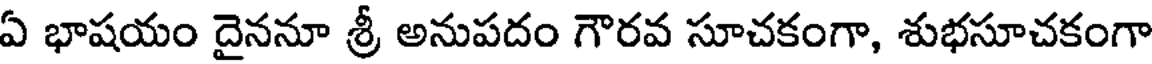
ఏ భాషయం దైననూ శ్రీ అనుపదం గౌరవ సూచకంగా, శుభసూచకంగా